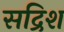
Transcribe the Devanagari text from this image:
सद्रिश